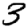
Digit: 3